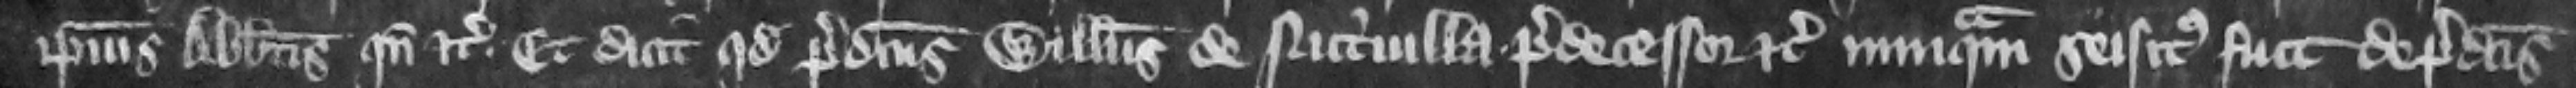
ipsius abbatis quando etc. Et dicit quod predictus Willelmus de Nutriuilla predecessor etc. nunquam seisitus fuit de predictis